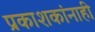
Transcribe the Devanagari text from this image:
प्रकाशकांनाही